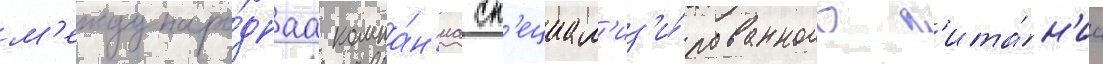
м'еждунаро́днаа компа́н'иа сп'ециал'из'и́рованного п'ита́н'иа